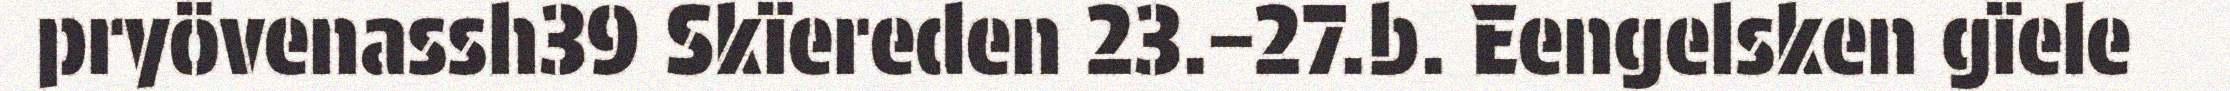
pryövenassh39 Skïereden 23.–27.b. Eengelsken gïele